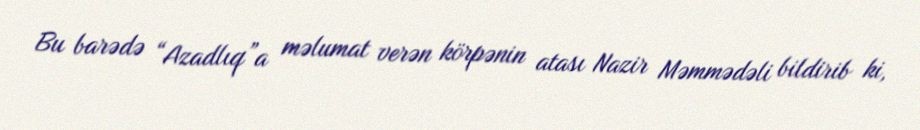
Bu barədə “Azadlıq”a məlumat verən körpənin atası Nazir Məmmədəli bildirib ki,